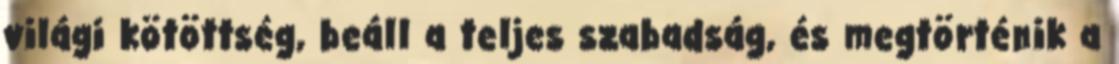
világi kötöttség, beáll a teljes szabadság, és megtörténik a